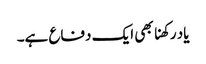
یاد رکھنا بھی ایک دفاع ہے۔